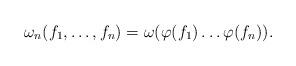
LaTeX: \begin{align*} \omega_n(f_1,\dots,f_n)=\omega(\varphi(f_1)\dots\varphi(f_n)).\end{align*}